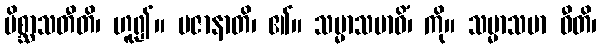
မိစ္ဆာသတီတိ၊ ဟူ၍။ ပဇာနာတိ၊ ၏။ သမ္မာသမာဓိံ၊ ကို။ သမ္မာသမာ ဓီတိ၊